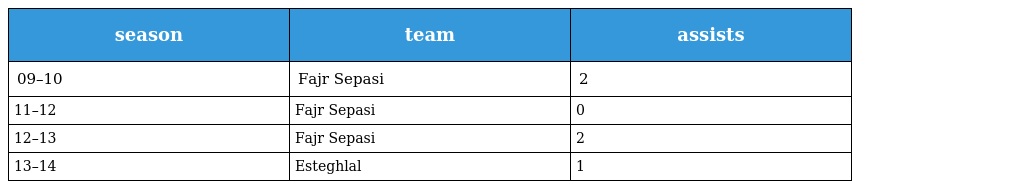
| season | team | assists |
 | --- | --- | --- |
 | 09–10 | Fajr Sepasi | 2 |
 | 11–12 | Fajr Sepasi | 0 |
 | 12–13 | Fajr Sepasi | 2 |
 | 13–14 | Esteghlal | 1 |